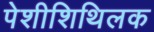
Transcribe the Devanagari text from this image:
पेशीशिथिलक